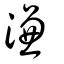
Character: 溓